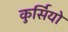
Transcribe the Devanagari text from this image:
कुर्सियो